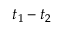
t _ { 1 } - t _ { 2 }